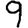
Digit: 9